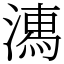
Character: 𣽉